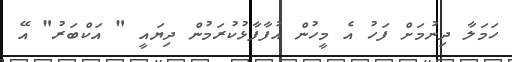
ހަމަލާ ދިނުމަށް ފަހު އެ މީހުން އުފާފާޅުކުރަމުން ދިޔައީ " އަކްބަރު" އޭ